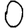
Digit: 0